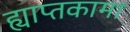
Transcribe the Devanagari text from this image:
ह्याप्तकामा